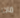
ماذا